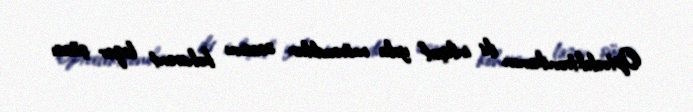
Optoelektronikanın iki inkişaf yolu mövcuddur: əsasını koherent lazer şüası